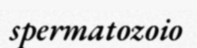
spermatozoio